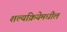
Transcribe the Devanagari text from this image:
शल्यक्रियेमधील